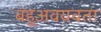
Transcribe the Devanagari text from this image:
बहुअवयवता